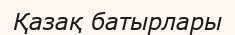
Қазақ батырлары